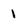
Character: 1